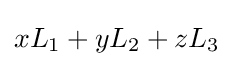
xL_{1}+yL_{2}+zL_{3}